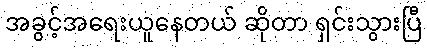
အခွင့်အရေးယူနေတယ် ဆိုတာ ရှင်းသွားပြီ